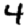
Digit: 4